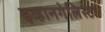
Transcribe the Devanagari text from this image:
इव्हानगेलिस्टा